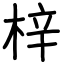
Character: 梓